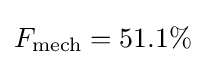
F_{\text{mech}}=51.1\%